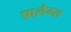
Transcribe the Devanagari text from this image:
फ़्लैग्स